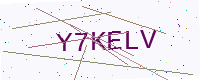
Text: Y7KELV